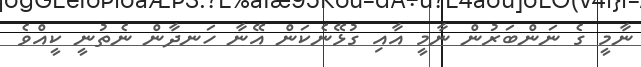
ނާމީ ގެ ނަންބަރުން ނާމީ އާއި ގުޅޭނެކަން އޭނާ ހަނދާން ނެތުނީ ކީއްވެ